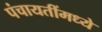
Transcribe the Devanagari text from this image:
पंचायतींमध्ये